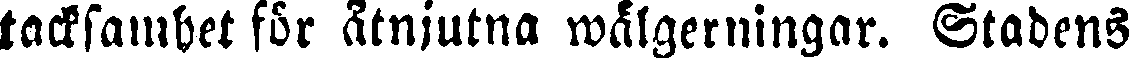
tacksamhet för åtnjutna wälgerningar. Stadens